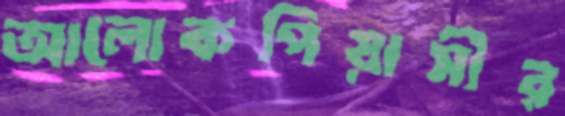
আলোকপিয়াসীর